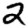
Digit: 2